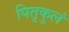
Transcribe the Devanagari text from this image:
पितृकुलं